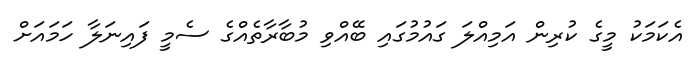
އެކަމަކު މީގެ ކުރިން އަމިއްލަ ގައުމުގައި ބޭއްވި މުބާރާތެއްގެ ސެމީ ފައިނަލާ ހަމައަށް